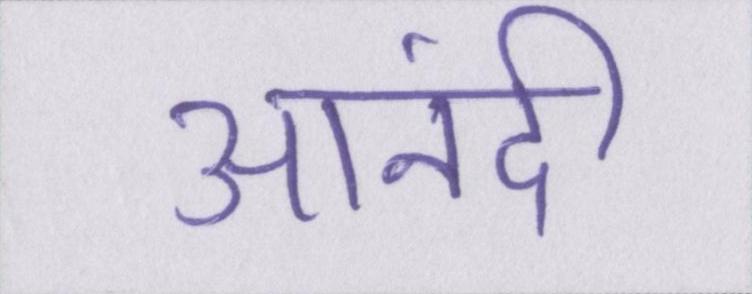
आनंदी